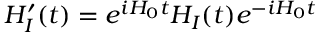
H _ { I } ^ { \prime } ( t ) = e ^ { i H _ { 0 } t } H _ { I } ( t ) e ^ { - i H _ { 0 } t }